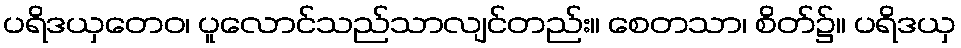
ပရိဒယှတေဝ၊ ပူလောင်သည်သာလျင်တည်း။ စေတသာ၊ စိတ်၌။ ပရိဒယှ